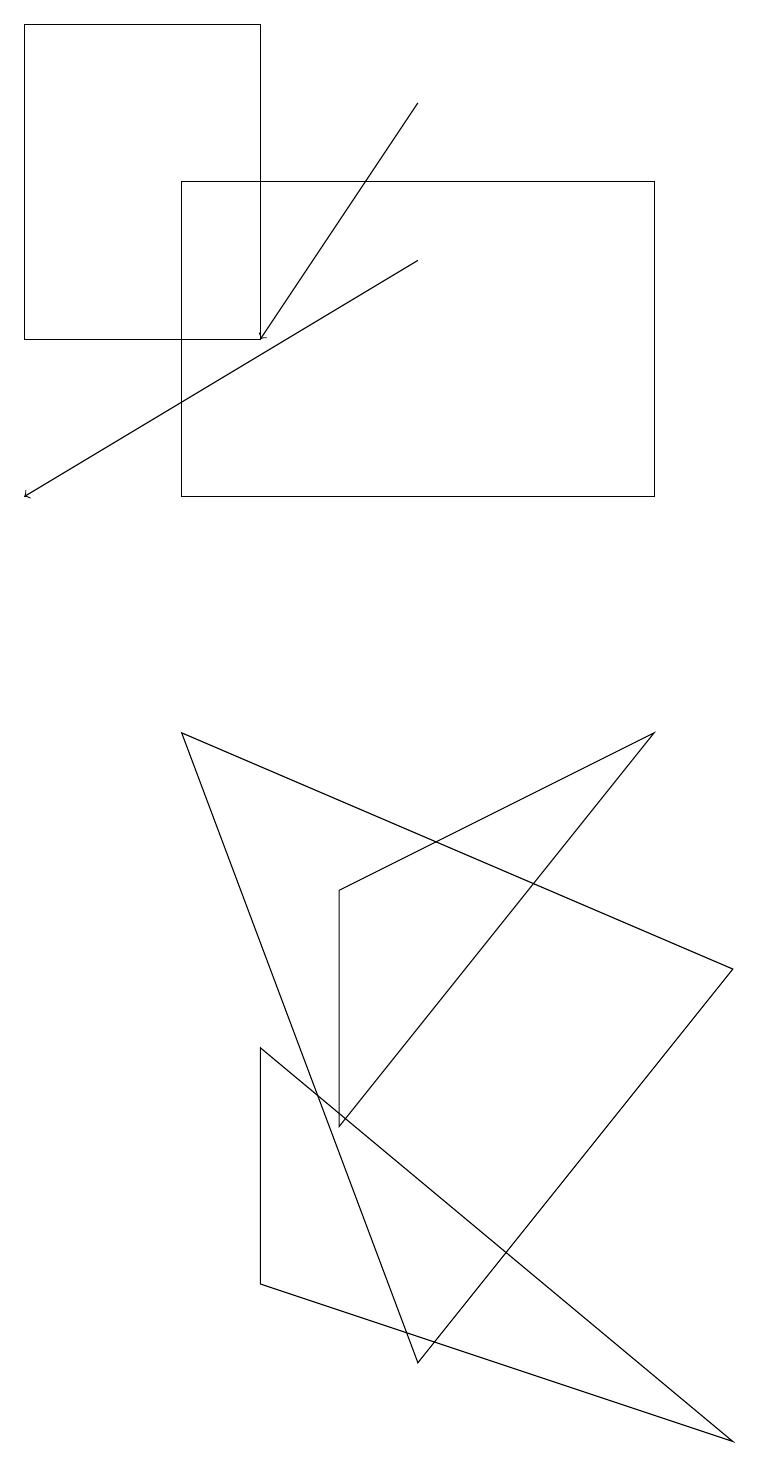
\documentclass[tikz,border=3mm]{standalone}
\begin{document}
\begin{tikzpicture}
\draw[->] (5,15) -- (0,12);
\draw (0,14) rectangle (3,18);
\draw (5,1) -- (2,9) -- (9,6) -- cycle;
\draw (8,9) -- (4,7) -- (4,4) -- cycle;
\draw (3,5) -- (9,0) -- (3,2) -- cycle;
\draw (8,12) rectangle (2,16);
\draw[->] (5,17) -- (3,14);
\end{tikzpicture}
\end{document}